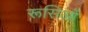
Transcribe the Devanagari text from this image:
रूसिओं